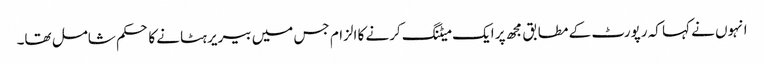
انہوں نے کہا کہ رپورٹ کے مطابق مجھ پر ایک میٹنگ کرنے کا الزام جس میں بیریر ہٹانے کا حکم شامل تھا۔